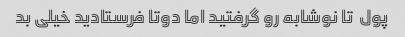
پول  تا نوشابه رو گرفتید اما دوتا فرستادید خیلی بد